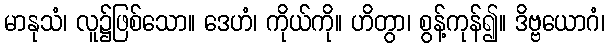
မာနုသံ၊ လူ၌ဖြစ်သော။ ဒေဟံ၊ ကိုယ်ကို။ ဟိတွာ၊ စွန့်ကုန်၍။ ဒိဗ္ဗယောဂံ၊